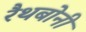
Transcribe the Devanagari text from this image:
रैथबोनी